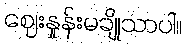
ဈေးနှုန်းမချိုသာပါ။